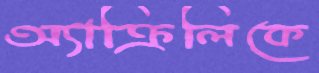
অ্যাক্রিলিকে